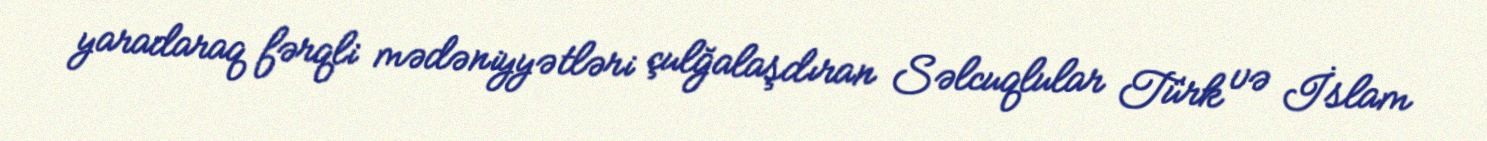
yaradaraq fərqli mədəniyyətləri çulğalaşdıran Səlcuqlular Türk və İslam